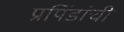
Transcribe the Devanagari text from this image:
प्रपिंडांची